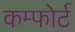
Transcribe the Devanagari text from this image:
कम्फोर्ट